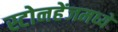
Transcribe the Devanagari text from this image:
स्टोनहेंजमध्ये